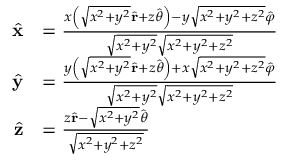
{ \begin{array} { r l } { { \hat { \mathbf { x } } } } & { = { \frac { x \left( { \sqrt { x ^ { 2 } + y ^ { 2 } } } { \hat { \mathbf { r } } } + z { \hat { \boldsymbol { \theta } } } \right) - y { \sqrt { x ^ { 2 } + y ^ { 2 } + z ^ { 2 } } } { \hat { \boldsymbol { \varphi } } } } { { \sqrt { x ^ { 2 } + y ^ { 2 } } } { \sqrt { x ^ { 2 } + y ^ { 2 } + z ^ { 2 } } } } } } \\ { { \hat { \mathbf { y } } } } & { = { \frac { y \left( { \sqrt { x ^ { 2 } + y ^ { 2 } } } { \hat { \mathbf { r } } } + z { \hat { \boldsymbol { \theta } } } \right) + x { \sqrt { x ^ { 2 } + y ^ { 2 } + z ^ { 2 } } } { \hat { \boldsymbol { \varphi } } } } { { \sqrt { x ^ { 2 } + y ^ { 2 } } } { \sqrt { x ^ { 2 } + y ^ { 2 } + z ^ { 2 } } } } } } \\ { { \hat { \mathbf { z } } } } & { = { \frac { z { \hat { \mathbf { r } } } - { \sqrt { x ^ { 2 } + y ^ { 2 } } } { \hat { \boldsymbol { \theta } } } } { \sqrt { x ^ { 2 } + y ^ { 2 } + z ^ { 2 } } } } } \end{array} }